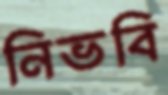
নিভবি